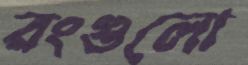
রংগুলো